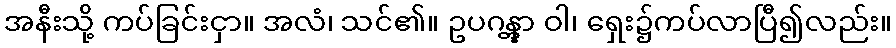
အနီးသို့ ကပ်ခြင်းငှာ။ အလံ၊ သင်၏။ ဥပဂန္တွာ ဝါ၊ ရှေး၌ကပ်လာပြီ၍လည်း။